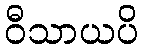
ဝီသာယပိ